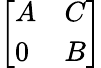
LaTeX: \left[\begin{array}{ll}{A}&{C}\\ {0}&{B}\end{array}\right]